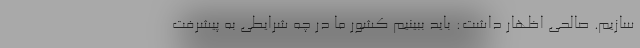
سازیم. صالحی اظهار داشت: باید ببینیم کشور ما در چه شرایطی به پیشرفت